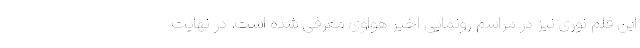
این قلم نوری نیز در مراسم رونمایی اخیر هواوی معرفی شده است. در نهایت